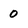
Character: 0